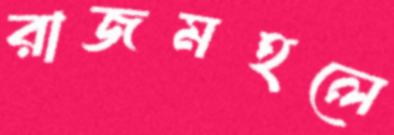
রাজমহলে